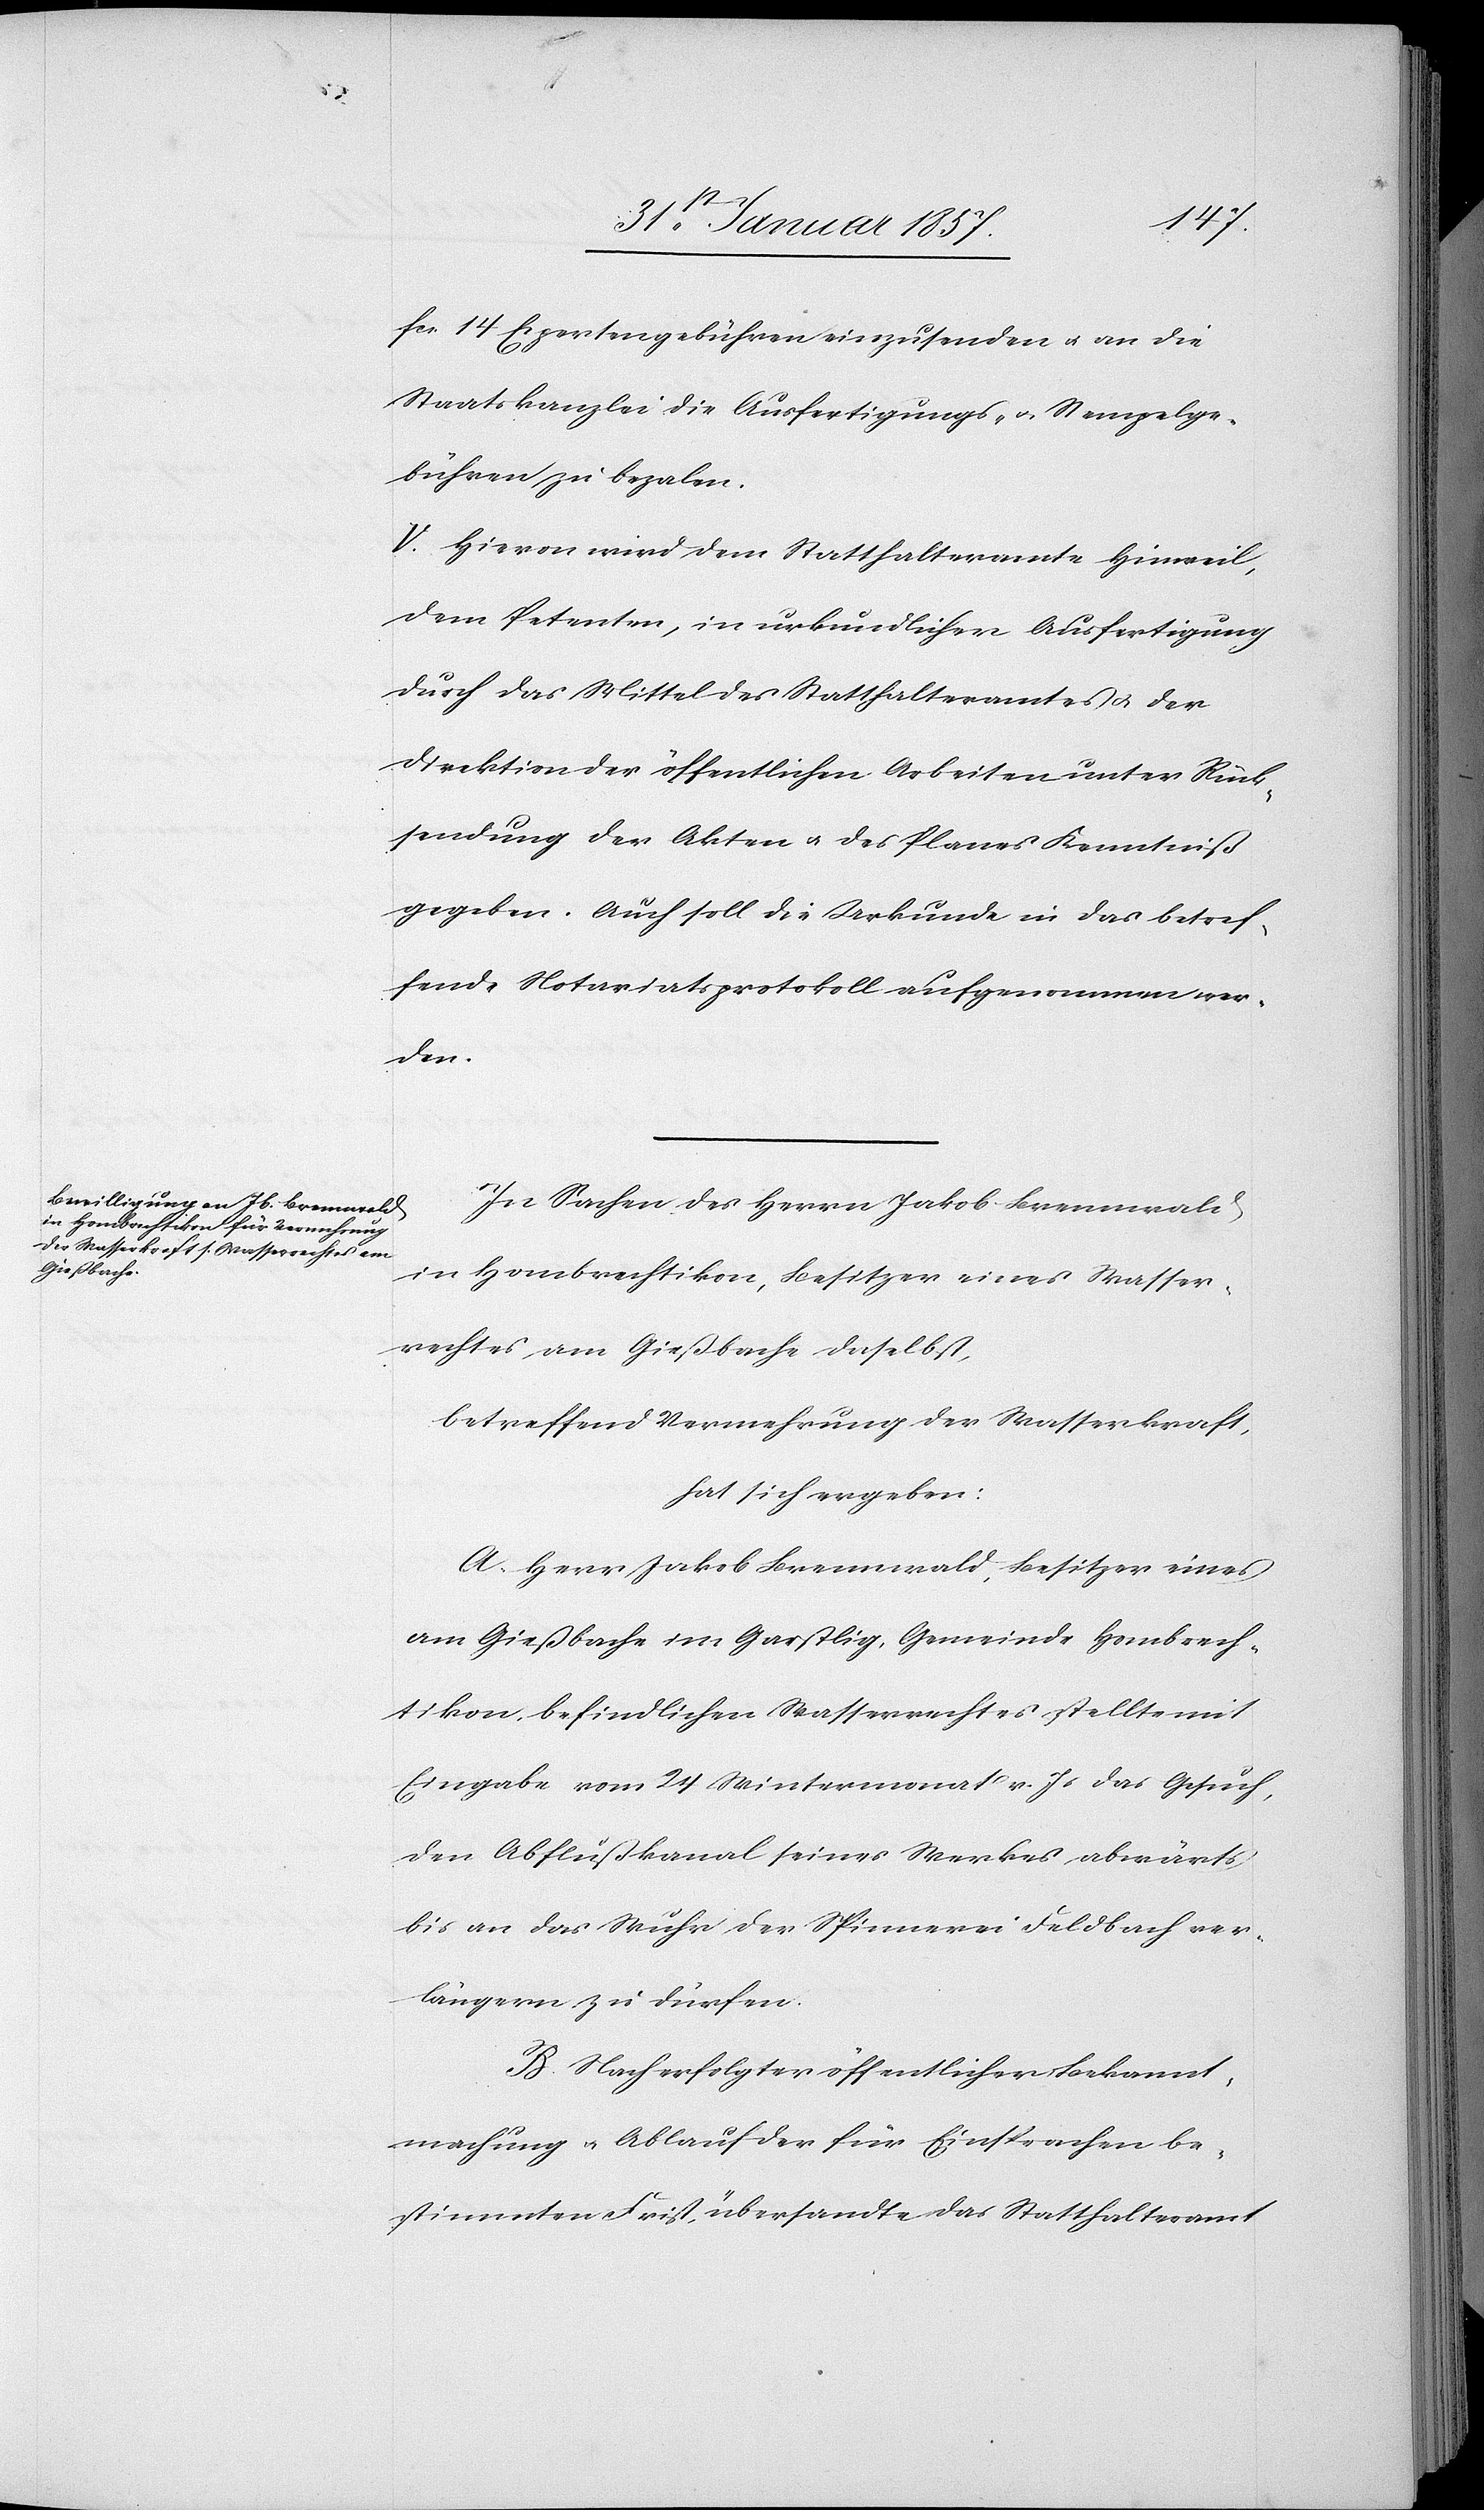
fcs 14 Expertengebühren einzusenden u. an die
Staatskanzlei die Ausfertigungs- u. Stempelge¬
bühren zu bezalen.
V. Hievon wird dem Statthalteramte Hinweil,
dem Petenten, in urkundlicher Ausfertigung
durch das Mittel des Statthalteramtes & der
Direktion der öffentlichen Arbeiten unter Rück¬
sendung der Akten u. des Planes Kenntniß
gegeben. Auch soll die Urkunde in das betref¬
fende Notariatsprotokoll aufgenommen wer¬
den.
In Sachen des Herrn Jakob Brennwald
in Hombrechtikon, Besitzer eines Wasser¬
rechtes am Gießbach daselbst,
betreffend Vermehrung der Wasserkraft,
hat sich ergeben:
A. Herr Jakob Brennwald, Besitzer eines
am Gießbach im Garstlig, Gemeinde Hombrech¬
tikon, befindlichen Wasserrechtes stellte mit
Eingabe vom 24 Wintermonat v. Js das Gesuch,
den Abflußkanal seines Werkes abwärts
bis an das Wuhr der Spinnerei Feldbach ver¬
längern zu dürfen.
B. Nach erfolgter öffentlicher Bekannt¬
machung & Ablauf der für Einsprachen be¬
stimmten Frist, übersandte das Statthalteramt